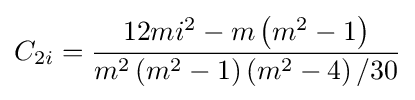
C_{2i}={\frac {12mi^{2}-m\left({m^{2}-1}\right)}{m^{2}\left({m^{2}-1}\right)\left({m^{2}-4}\right)/30}}